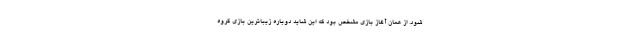
شود. از همان آغاز بازی مشخص بود که این شاید دوباره زیباترین بازی گروه